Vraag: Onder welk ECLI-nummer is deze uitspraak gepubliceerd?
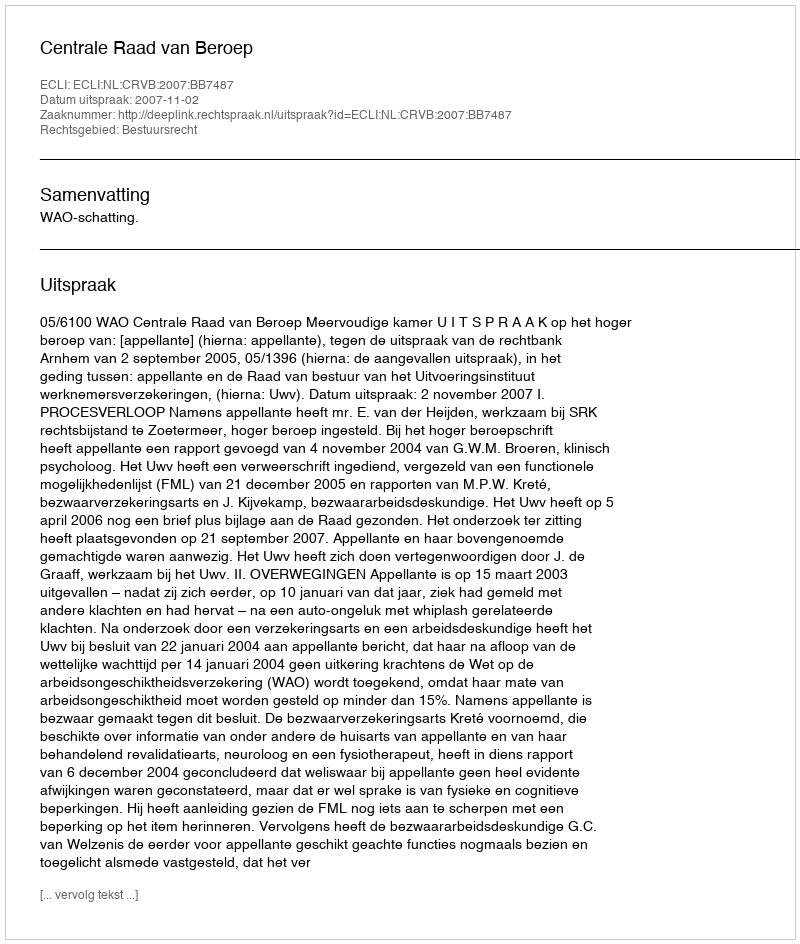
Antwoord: ECLI:NL:CRVB:2007:BB7487